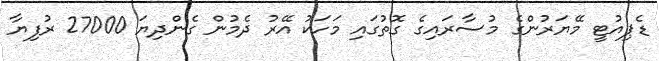
ޑެޕިއުޓީ މޭޔަރުންގެ މުސާރައިގެ ގޮތުގައި މަހަކު އޭރު ދެމުން ގެންދިޔަ 27000 ރުފިޔާ